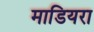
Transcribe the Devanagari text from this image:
माडियरा